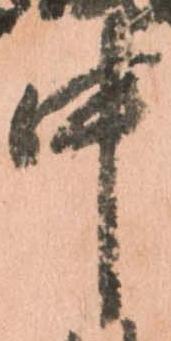
中